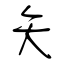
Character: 矢